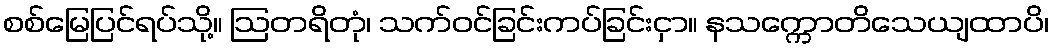
စစ်မြေပြင်ရပ်သို့။ ဩတရိတုံ၊ သက်ဝင်ခြင်းကပ်ခြင်းငှာ။ နသက္ကောတိသေယျထာပိ၊